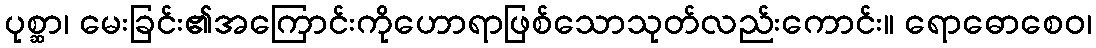
ပုစ္ဆာ၊ မေးခြင်း၏အကြောင်းကိုဟောရာဖြစ်သောသုတ်လည်းကောင်း။ ရောဓောစေဝ၊